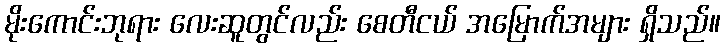
မိုးကောင်းဘုရား လေးဆူတွင်လည်း စေတီငယ် အမြောက်အများ ရှိသည်။